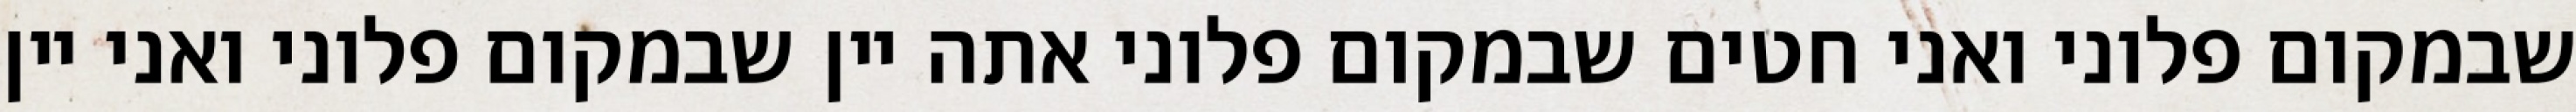
שבמקום פלוני ואני חטים שבמקום פלוני אתה יין שבמקום פלוני ואני יין